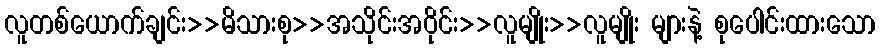
လူတစ်ယောက်ချင်း>>မိသားစု>>အသိုင်းအဝိုင်း>>လူမျိုး>>လူမျိုး များနဲ့ စုပေါင်းထားသော